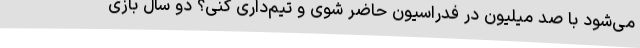
می‌شود با صد میلیون در فدراسیون حاضر شوی و تیم‌داری کنی؟ دو سال بازی